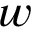
w